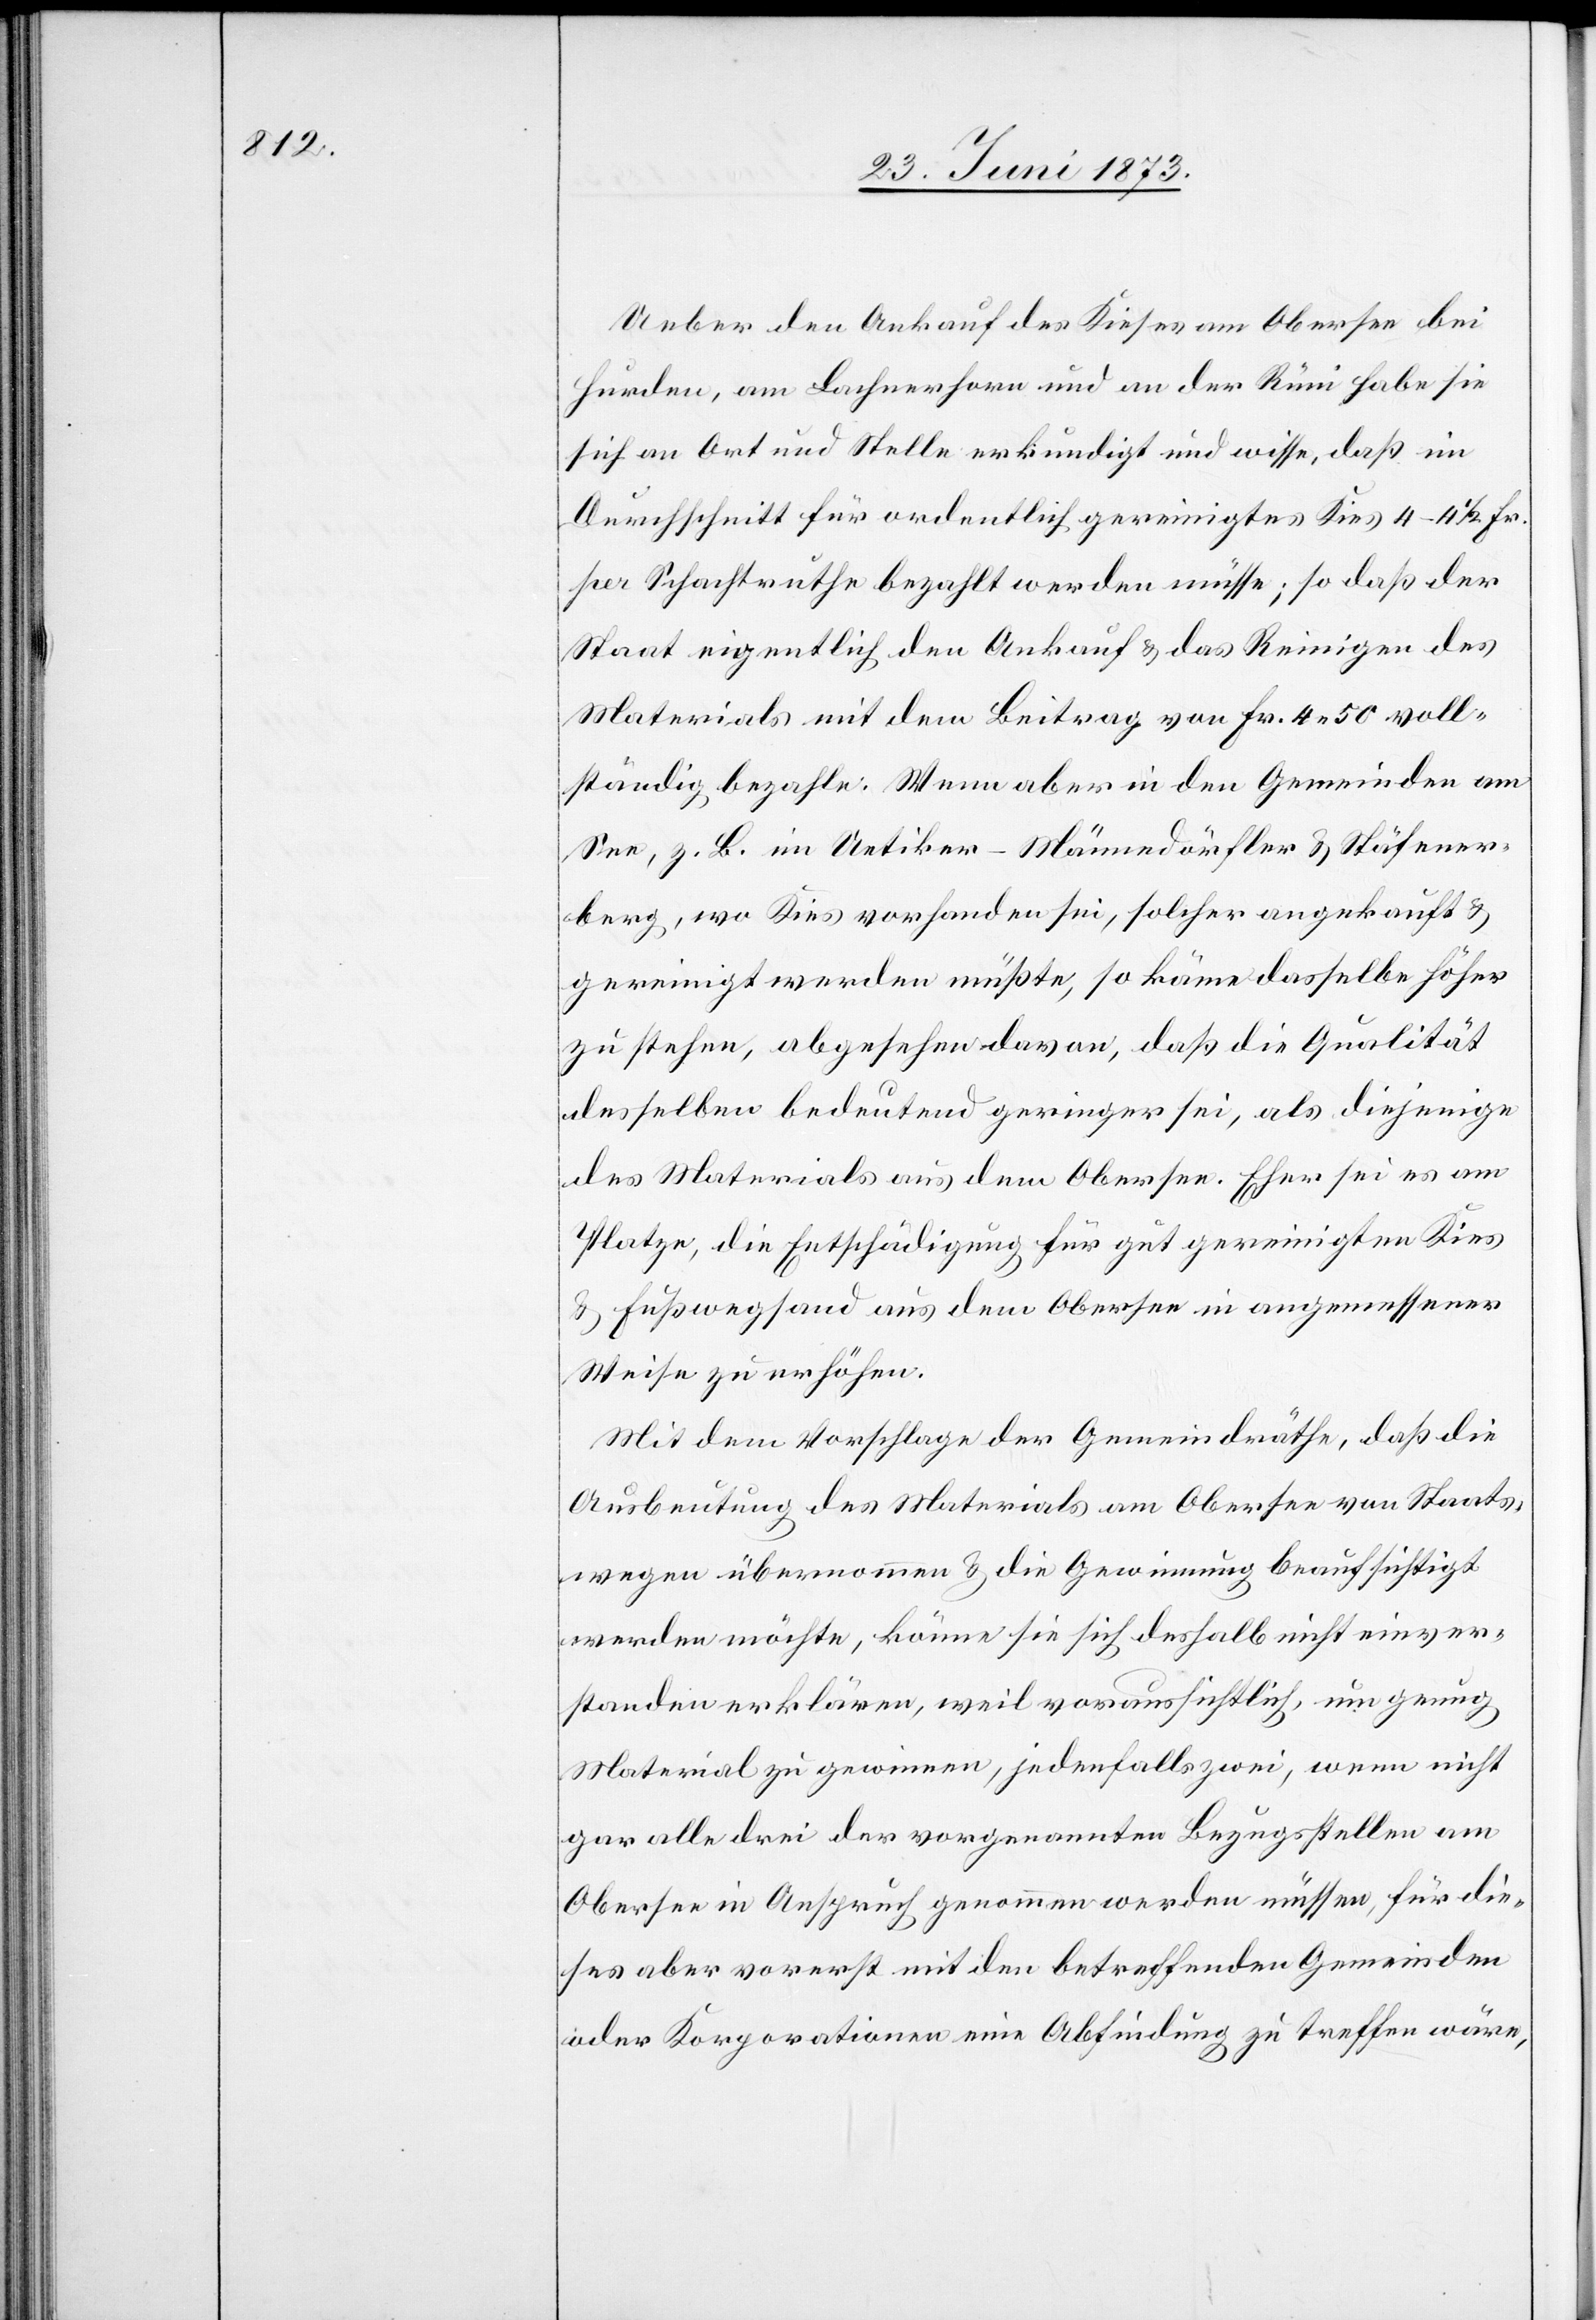
Ueber den Ankauf des Kieses am Obersee bei
Hurden, am Lachnerhorn und an der Rüni habe sie
sich an Ort und Stelle erkundigt und wisse, daß im
Durchschnitt für ordentlich gereinigtes Kies 4–4 1/2 Fr.
per Schachtruthe bezahlt werden müsse; so daß der
Staat eigentlich den Ankauf & das Reinigen des
Materials mit dem Beitrag von Fr. 4 50 voll¬
ständig bezahle. Wenn aber in den Gemeinden am
See, z. B. im Uetiker-Männedörfler & Stäfener¬
berg, wo Kies vorhanden sei, solcher angekauft &
gereinigt werden müßte, so käme dasselbe höher
zu stehen, abgesehen davon, daß die Qualität
desselben bedeutend geringer sei, als diejenige
des Materials aus dem Obersee. Eher sei es am
Platze, die Entschädigung für gut gereinigten Kies
& Fußwegsand aus dem Obersee in angemessener
Weise zu erhöhen.
Mit dem Vorschlage der Gemeindräthe, daß die
Ausbeutung des Materials am Obersee von Staats¬
wegen übernommen & die Gewinnung beaufsichtigt
werden möchte, könne sie sich deshalb nicht einver¬
standen erklären, weil voraussichtlich, um genug
Material zu gewinnen, jedenfalls zwei, wenn nicht
gar alle drei der vorgenannten Bezugsstellen am
Obersee in Anspruch genommen werden müssen, für die¬
ses aber vorerst mit den betreffenden Gemeinden
oder Korporationen eine Abfindung zu treffen wäre,